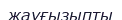
жауғызыпты